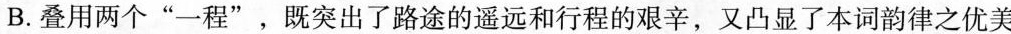
B.叠用两个”一程”，既突出了路途的遥远和行程的艰辛，又凸显了本词韵律之优美